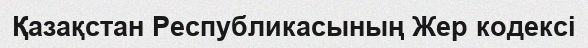
Қазақстан Республикасының Жер кодексі